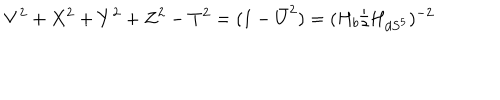
V ^ { 2 } + X ^ { 2 } + Y ^ { 2 } + Z ^ { 2 } - T ^ { 2 } = ( 1 - \bar { U } ^ { 2 } ) = ( H _ { b } / H _ { d S ^ { 5 } } ) ^ { - 2 }